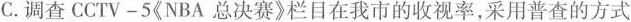
C.调查CCTV-5《NBA总决赛》栏目在我市的收视率，采用普查的方式